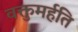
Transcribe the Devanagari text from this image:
वक्तुमर्हति